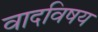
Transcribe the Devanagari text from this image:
वादविषय